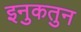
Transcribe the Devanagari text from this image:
इनुकतुन